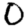
Digit: 0